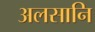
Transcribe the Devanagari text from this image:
अलसानि